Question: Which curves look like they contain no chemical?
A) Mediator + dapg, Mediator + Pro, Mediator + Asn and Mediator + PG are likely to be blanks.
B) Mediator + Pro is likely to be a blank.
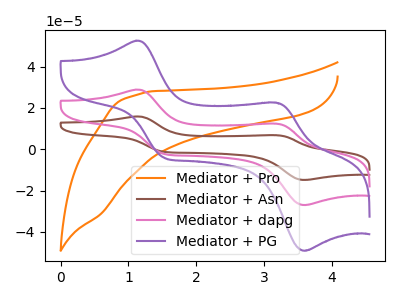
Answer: <think>The orange curve "Mediator + Pro" has no peaks. The brown curve "Mediator + Asn" has anodic peaks at (1.10V, 57.75uA) (3.20V, 24.85uA) and cathodic peaks at (1.55V, -4.55uA) (3.60V, -53.90uA). The pink curve "Mediator + dapg" has anodic peaks at (1.10V, 28.90uA) (3.20V, 12.40uA) and cathodic peaks at (1.55V, -2.30uA) (3.60V, -26.95uA). The purple curve "Mediator + PG" has anodic peaks at (1.10V, 52.55uA) (3.20V, 22.60uA) and cathodic peaks at (1.55V, -4.15uA) (3.60V, -49.05uA).</think>
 <answer>B) "Mediator + Pro" is likely to be a blank.</answer>
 <eval>B</eval>